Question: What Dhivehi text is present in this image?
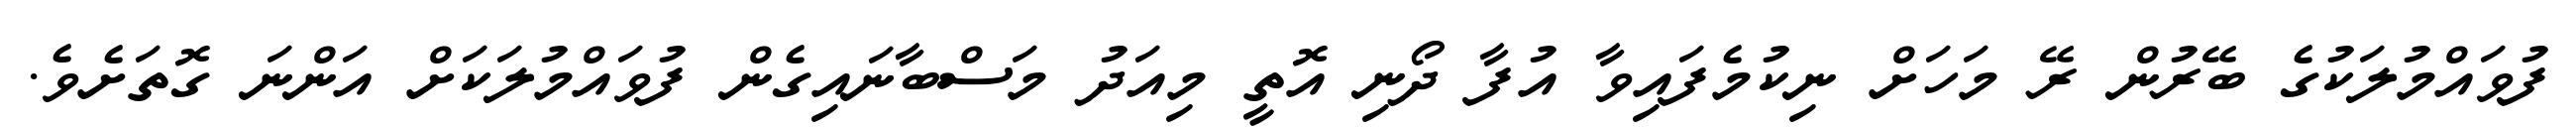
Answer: ފުވައްމުލަކުގެ ބޭރުން ރޭ މަހަށް ނިކުމެފައިވާ އުފާ ދޯނި އޮތީ މިއަދު މަސްބާނައިގެން ފުވައްމުލަކަށް އަންނަ ގޮތަށެވެ.